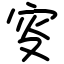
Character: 叜